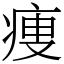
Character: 痩